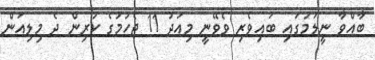
ބާއްވާ ނީލަމުގައި ބައިވެރި ވެވޭނީ މިއަދު 11 ޖެހުމުގެ ކުރިން ދެ މިލިއަން